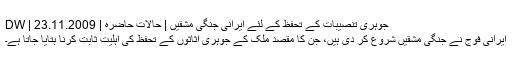
جوہری تنصیبات کے تحفظ کے لئے ایرانی جنگی مشقیں | حالات حاضرہ | DW | 23.11.2009
ایرانی فوج نے جنگی مشقیں شروع کر دی ہیں، جن کا مقصد ملک کے جوہری اثاثوں کے تحفظ کی اہلیت ثابت کرنا بتایا جاتا ہے۔